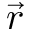
\vec { r }